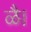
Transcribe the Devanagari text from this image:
ळै।